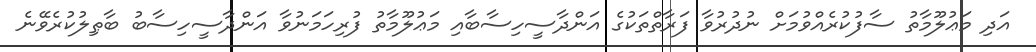
އަދި މަޢުލޫމާތު ސާފުކުރެއްވުމަށް ނުދުރުވާ ފަރާތްތަކުގެ އަންދާސީހިސާބާއި މަޢުލޫމާތު ފުރިހަމަނުވާ އަންދާސީހިސާބު ބާޠިލުކުރެވޭނެ